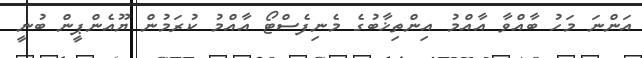
އަންނަ މަހު ބާއްވާ އާއްމު އިންތިޚާބުގެ މެނިފެސްޓޯ އާއްމު ކުރަމުން ޔޫއެންޕީން ބުނީ